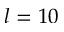
l = 1 0